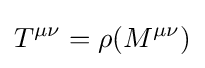
T^{\mu \nu }=\rho (M^{\mu \nu })